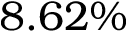
8 . 6 2 \%